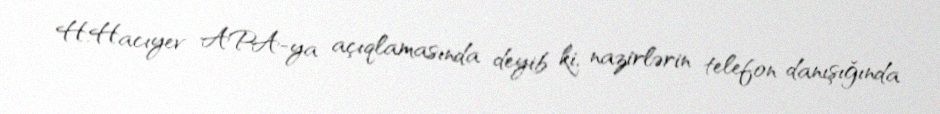
H.Hacıyev APA-ya açıqlamasında deyib ki, nazirlərin telefon danışığında